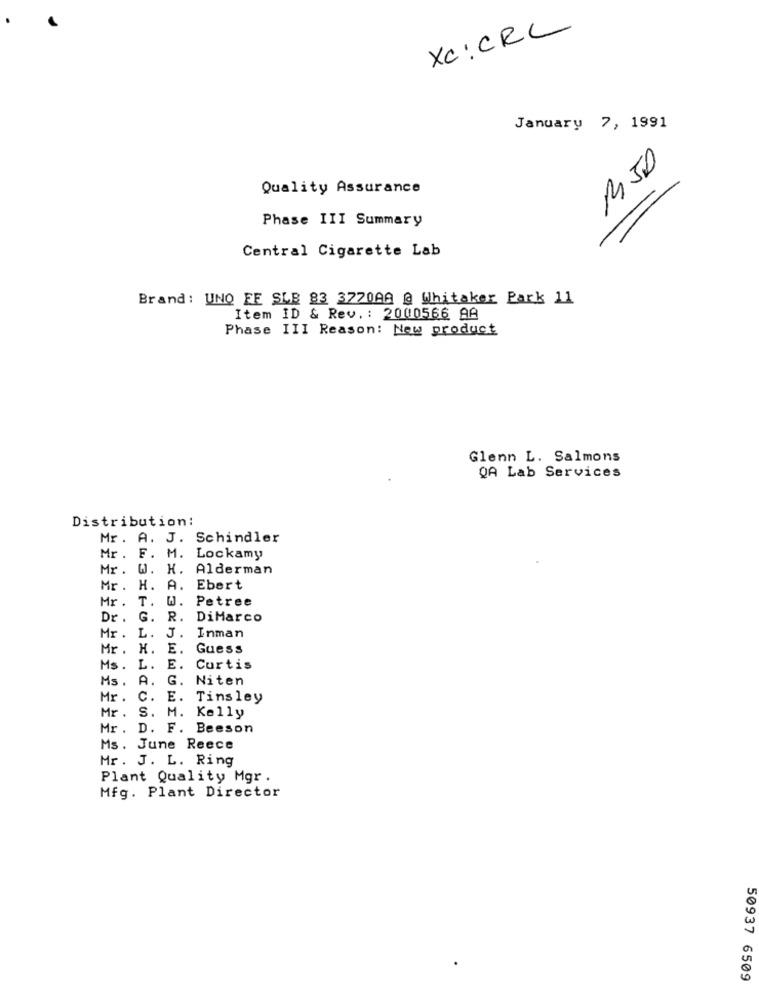
XC: CRC
January 7, 1991
Quality Assurance
Phase III Summary
Central Cigarette Lab
Brand: UNO FF SLB 83 3770AA @ Whitaker Park 11
Item ID & Rev .: 2000566 98
Phase III Reason: New product
Glenn L. Salmons
QA Lab Services
Distribution:
Mr. A. J. Schindler
Mr. F. M. Lockamy
Mr. W. H. Alderman
Mr. H. A. Ebert
Mr. T. W. Petree
Dr. G. R. DiMarco
Mr. L.
J.
Inman
Mr . H. E. Guess
Ms.
L.
E. Curtis
Ms.
A.
G. Niten
Mr .
C. E. Tinsley
Mr .
S.
M. Kelly
Mr . D. F. Beeson
Ms. June Reece
Mr. J. L. Ring
Plant Quality Mgr .
Mfg. Plant Director
50937 6509